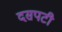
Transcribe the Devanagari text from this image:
दसपटी